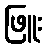
ဖြူး